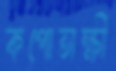
কপোতাক্ষী